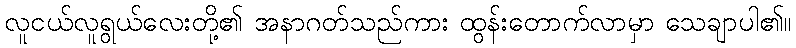
လူငယ်လူရွယ်လေးတို့၏ အနာဂတ်သည်ကား ထွန်းတောက်လာမှာ သေချာပါ၏။